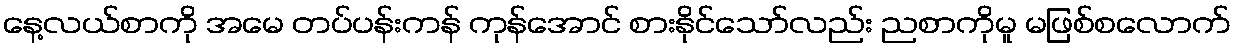
နေ့လယ်စာကို အမေ တပ်ပန်းကန် ကုန်အောင် စားနိုင်သော်လည်း ညစာကိုမူ မဖြစ်စလောက်